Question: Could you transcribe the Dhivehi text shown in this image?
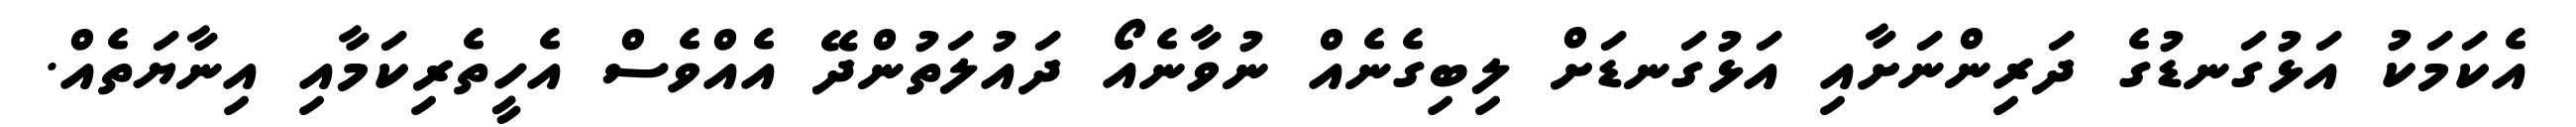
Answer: އެކަމަކު އަޅުގަނޑުގެ ދަރިންނަށާއި އަޅުގަނޑަށް ލިބިގެނެއް ނުވާނެއޯ ދައުލަތުންދޭ އެއްވެސް އެހީތެރިކަމާއި އިނާޔަތެއް.